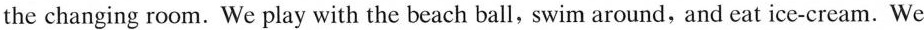
the changing room. We play with the beach ball, swim around, and eat ice-cream. We